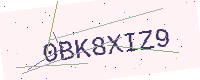
Text: 0BK8XIZ9